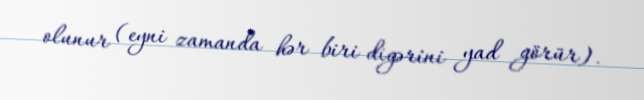
olunur (eyni zamanda hər biri digərini yad görür).